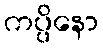
ကပ္ပိနော